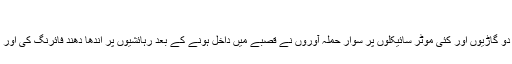
دنیا, 31 جنوری 2016
فوجی ترجمان کے مطابق دو گاڑیوں اور کئی موٹر سائیکلوں پر سوار حملہ آوروں نے قصبے میں داخل ہونے کے بعد رہائشیوں پر اندھا دھند فائرنگ کی اور کئی گھروں کو آگ لگادی۔